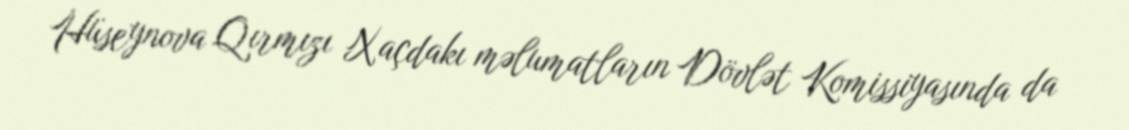
Hüseynova Qırmızı Xaçdakı məlumatların Dövlət Komissiyasında da